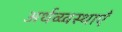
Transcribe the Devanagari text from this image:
अर्थव्य्वस्थाएँ